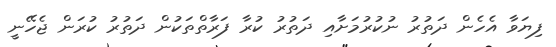
ފިޔަވާ އެހެން ދަތުރު ނުކުރުމަށާއި ދަތުރު ކުރާ ފަރާތްތަކުން ދަތުރު ކުރަން ޖެހޭނީ